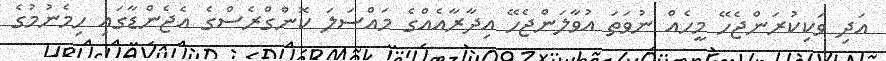
އަދި ވަކިކުރަންޖެހޭ މީހެއް ނުވަތަ އުވާލަންޖެހޭ އިދާރާއެއްގެ މައްސަލަ ކޮންގްރެސްގެ އެޖެންޑާގައި ހިމެނުމުގެ